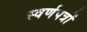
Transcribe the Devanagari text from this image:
स्वर्णपत्रों